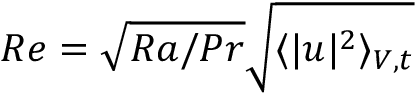
R e = \sqrt { R a / P r } \sqrt { \langle | \boldsymbol { u } | ^ { 2 } \rangle _ { V , t } }